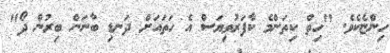
ހިންޏެކެވެ. "ހިތް ކިތަންމެ ކާފަރުވިޔަސް އެ ހަތައަށް ދަނޑި ބާނަން ބިރުން ދޯ"